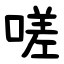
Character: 嗟